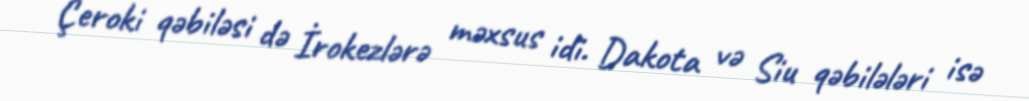
Çeroki qəbiləsi də İrokezlərə məxsus idi. Dakota və Siu qəbilələri isə